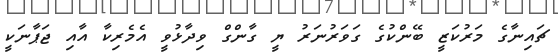
ޗައިނާގެ މަރުކަޒީ ބޭންކުގެ ގަވަރުނަރު ޔީ ގާންގް ވިދާޅުވީ އެމެރިކާ އާއި ޖަޕާނަކީ